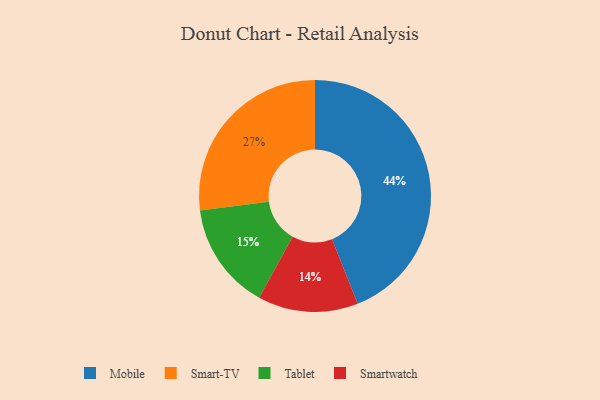
{"axis": {"x": "Category", "y": "Percentage"}, "legend": ["Mobile", "Smart-TV", "Smartwatch", "Tablet"], "data": [{"x": "Smart-TV", "y": 27, "type": "Smart-TV"}, {"x": "Tablet", "y": 15, "type": "Tablet"}, {"x": "Mobile", "y": 44, "type": "Mobile"}, {"x": "Smartwatch", "y": 14, "type": "Smartwatch"}]}